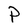
Character: P